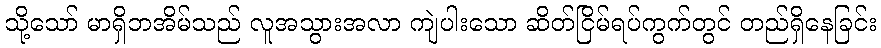
သို့သော် မာရှိဘအိမ်သည် လူအသွားအလာ ကျဲပါးသော ဆိတ်ငြိမ်ရပ်ကွက်တွင် တည်ရှိနေခြင်း